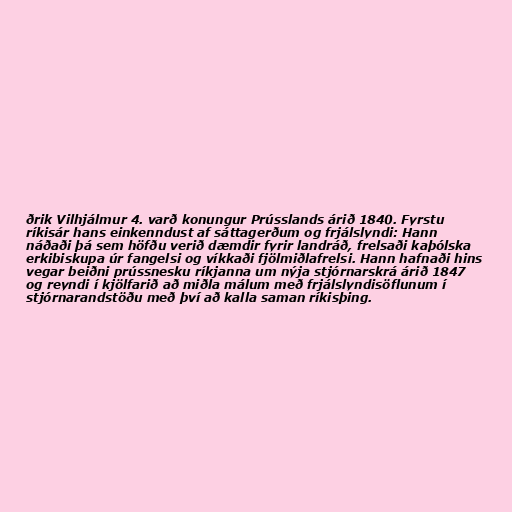
ðrik Vilhjálmur 4. varð konungur Prússlands árið 1840. Fyrstu
ríkisár hans einkenndust af sáttagerðum og frjálslyndi: Hann
náðaði þá sem höfðu verið dæmdir fyrir landráð, frelsaði kaþólska
erkibiskupa úr fangelsi og víkkaði fjölmiðlafrelsi. Hann hafnaði hins
vegar beiðni prússnesku ríkjanna um nýja stjórnarskrá árið 1847
og reyndi í kjölfarið að miðla málum með frjálslyndisöflunum í
stjórnarandstöðu með því að kalla saman ríkisþing.